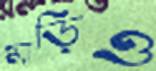
মাড়িও